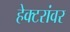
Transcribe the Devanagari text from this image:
हेक्टरांवर